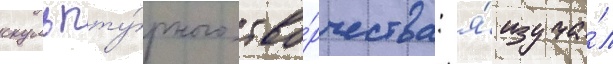
скульпту́рного тво́рчества: я́ изуча́л